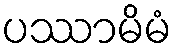
ပဿာမိမံ